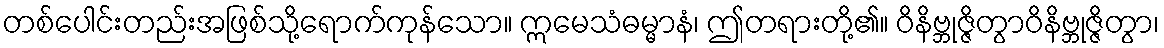
တစ်ပေါင်းတည်းအဖြစ်သို့ရောက်ကုန်သော။ ဣမေသံဓမ္မာနံ၊ ဤတရားတို့၏။ ဝိနိဗ္ဘုဇ္ဇိတွာဝိနိဗ္ဘုဇ္ဇိတွာ၊